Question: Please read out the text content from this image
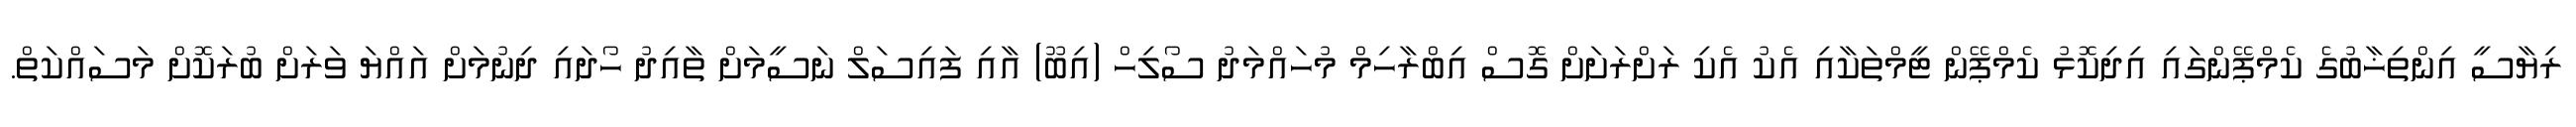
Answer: ރިޔާސީ އިންތިޚާބުގެ ކެމްޕޭންގައި އިދިކޮޅު ކެމްޕޭން ޓީމްތަކާއި އެކު އެކި ރަށްރަށަށް ގޮސް އިބްރާހިމް މުހައްމަދު ސޯލިހް (އިބޫ) އާއި ފައިސަލް ނަސީމަށް ތާއިދު ހޯދައި ދިނުމަށް އައްޔަ ވަރަށް ބުރަކޮށް މަސައްކަތް.